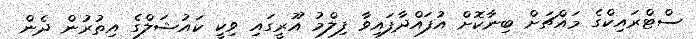
ސްޓްރައިކްގެ މައްޗަށް ބިނާކޮށް އުފައްދާފައިވާ ފިލްމު އޫރީގައި ވިކީ ކައުޝަލްގެ އިތުރުން ދެން